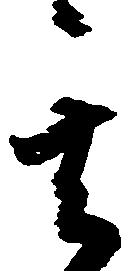
其